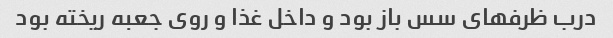
درب ظرفهای سس باز بود و داخل غذا و روی جعبه ریخته بود